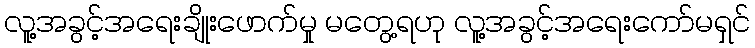
လူ့အခွင့်အရေးချိုးဖောက်မှု မတွေ့ရဟု လူ့အခွင့်အရေးကော်မရှင်